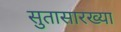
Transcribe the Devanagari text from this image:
सुतासारख्या